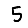
Digit: 5